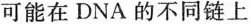
可能在DNA的不同链上